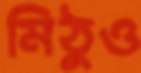
মিঠুও